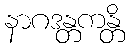
နာဂဒန္တကန္တိ